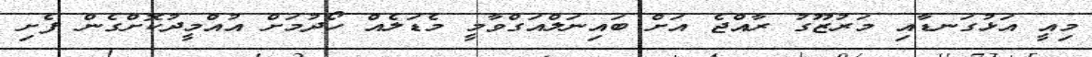
މިއީ އަޅުގަނޑާއި މަރުޒޫގު ރާއްޖެ އަށް ބައިނަލްއަގްވާމީ މެޑަލެއް ހޯދުމަށް އުއްމީދުކޮށްގެން ފެށި